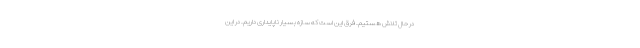
در حال تلاش هستیم. فرق این است که سازه بسیار ناپایداری داریم. در این